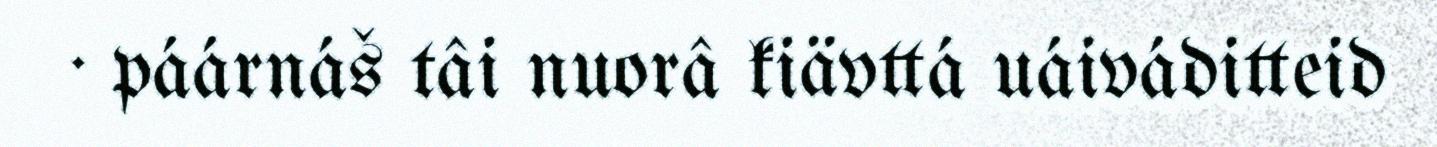
· páárnáš tâi nuorâ kiävttá uáiváditteid